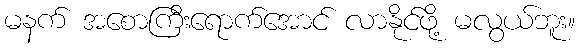
မနက် အစောကြီးရောက်အောင် လာနိုင်ဖို့ မလွယ်ဘူး။